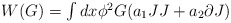
\begin{align*}\begin{array}{l}W(G)=\int dx\phi^{2}G(a_{1}JJ +a_{2}\partial J)\end{array}\end{align*}